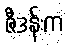
ဇီဒန်းက